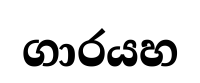
ගාරයහ